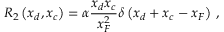
R _ { 2 } \left( x _ { d } , x _ { c } \right) = \alpha \frac { x _ { d } x _ { c } } { x _ { F } ^ { 2 } } \delta \left( x _ { d } + x _ { c } - x _ { F } \right) \: ,